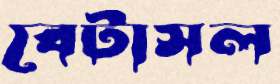
বেটাসল